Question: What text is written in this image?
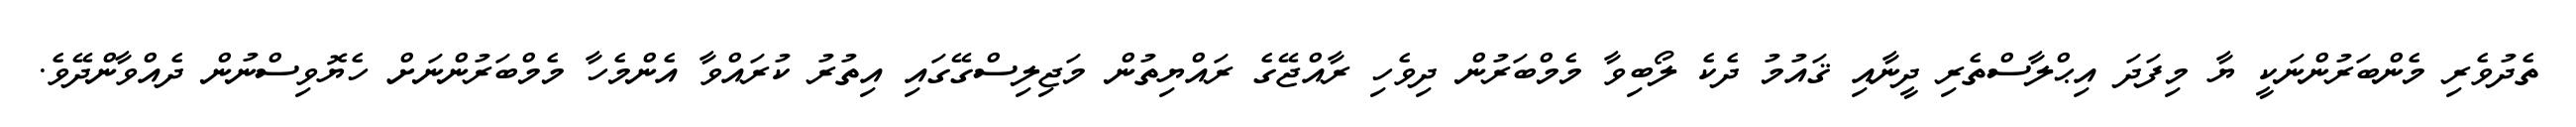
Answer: ތެދުވެރި މެންބަރުންނަކީ ޔާ މިފަދަ އިޙްލާސްތެރި ދީނާއި ޤައުމު ދެކެ ލޯބިވާ މެމްބަރުން ދިވެހި ރާއްޖޭގެ ރައްޔިތުން މަޖިލިސްގޭގައި އިތުރު ކުރައްވާ އެންމެހާ މެމްބަރުންނަށް ހެޔޮވިސްނުން ދެއްވާންދޭވެ.